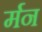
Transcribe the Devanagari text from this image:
र्मन